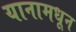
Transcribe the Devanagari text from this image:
यानामधून